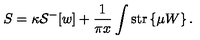
S = \kappa { \cal S } ^ { - } [ w ] + \frac { 1 } { \pi x } \int \mathrm { s t r } \left\{ \mu W \right\} .